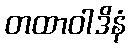
တထာဝါဒိနံ